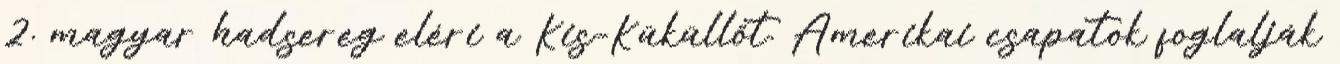
2. magyar hadsereg eléri a Kis-Küküllõt. Amerikai csapatok foglalják